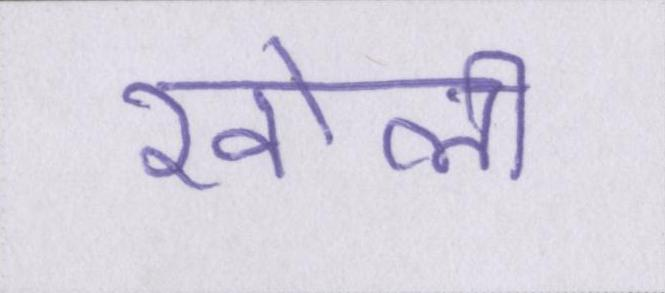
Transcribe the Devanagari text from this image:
खोली